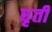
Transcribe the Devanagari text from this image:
धृर्ती